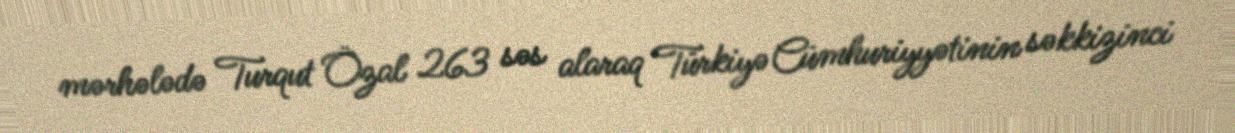
mərhələdə Turqut Özal 263 səs alaraq Türkiyə Cümhuriyyətinin səkkizinci